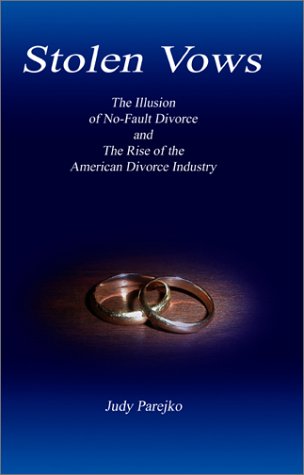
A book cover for Stolen Vows: The Illusion of No-Fault Divorce and the Rise of the American Divorce Industry; Judy Parejko; Law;